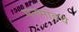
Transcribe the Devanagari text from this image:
मनमाडचे